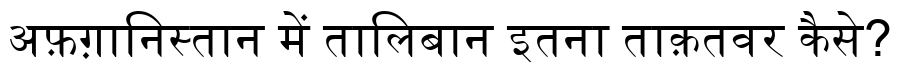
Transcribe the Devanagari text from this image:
अफ़ग़ानिस्तान में तालिबान इतना ताक़तवर कैसे?